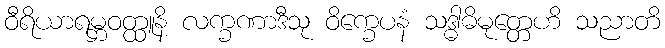
ဝီရိယာရမ္ဘဝတ္ထူနိ လက္ခဏာဒီသု ဝိက္ခေပနံ သဒ္ဓါဓိမုတ္တေဟိ သညာတိ